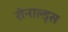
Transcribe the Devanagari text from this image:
रोनाल्ड्स